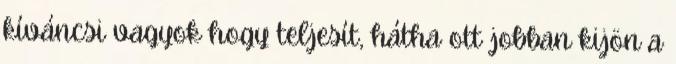
kíváncsi vagyok hogy teljesít, hátha ott jobban kijön a